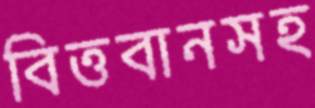
বিত্তবানসহ